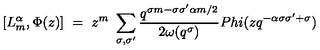
[ L _ { m } ^ { \alpha } , \Phi ( z ) ] \ = \ z ^ { m } \ \sum _ { \sigma , \sigma ^ { \prime } } \frac { q ^ { \sigma m - \sigma \sigma ^ { \prime } \alpha m / 2 } } { 2 \omega ( q ^ { \sigma } ) } P h i ( z q ^ { - \alpha \sigma \sigma ^ { \prime } + \sigma } )